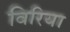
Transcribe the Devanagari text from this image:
विरिया